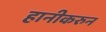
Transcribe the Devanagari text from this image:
हानीकरुन